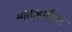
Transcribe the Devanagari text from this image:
माताहारीवर